Vaccination in Bombay 1869-1873 - 1869-1873
Year: 1869
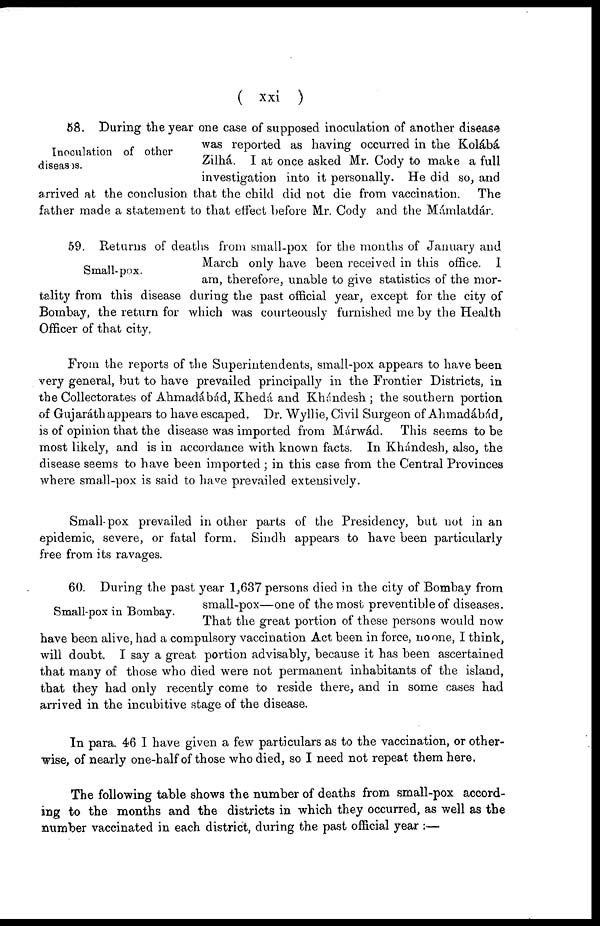
( xxi )
Inoculation of other
diseases.
58. During the year one case of supposed inoculation of another disease
was reported as having occurred in the Kolábá
Zilhá. I at once asked Mr. Cody to make a full
investigation into it personally. He did so, and
arrived at the conclusion that the child did not die from vaccination. The
father made a statement to that effect before Mr. Cody and the Mámlatdár.
Small-pox.
59. Returns of deaths from small-pox for the months of January and
March only have been received in this office. I
am, therefore, unable to give statistics of the mor-
tality from this disease during the past official year, except for the city of
Bombay, the return for which was courteously furnished me by the Health
Officer of that city,
From the reports of the Superintendents, small-pox appears to have been
very general, but to have prevailed principally in the Frontier Districts, in
the Collectorates of Ahmadábád, Khedá and Khándesh ; the southern portion
of Gujaráth appears to have escaped, Dr. Wyllie, Civil Surgeon of Ahmadábád,
is of opinion that the disease was imported from Márwád. This seems to be
most likely, and is in accordance with known facts. In Khándesh, also, the
disease seems to have been imported ; in this case from the Central Provinces
where small-pox is said to have prevailed extensively.
Small-pox prevailed in other parts of the Presidency, but not in an
epidemic, severe, or fatal form. Sindh appears to have been particularly
free from its ravages.
Small-pox in Bombay.
60. During the past year 1,637 persons died in the city of Bombay from
small-pox—one of the most preventible of diseases.
That the great portion of these persons would now
have been alive, had a compulsory vaccination Act been in force, no one, I think,
will doubt. I say a great portion advisably, because it has been ascertained
that many of those who died were not permanent inhabitants of the island,
that they had only recently come to reside there, and in some cases had
arrived in the incubitive stage of the disease.
In para. 46 I have given a few particulars as to the vaccination, or other-
wise, of nearly one-half of those who died, so I need not repeat them here.
The following table shows the number of deaths from small-pox accord-
ing to the months and the districts in which they occurred, as well as the
number vaccinated in each district, during the past official year :—